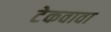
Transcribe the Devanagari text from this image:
टेकवावा